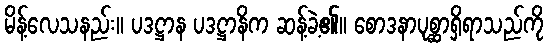
မိန့်လေသနည်း။ ပဒဋ္ဌာန ပဒဋ္ဌာနိက ဆန့်ခဲ့၏။ စောဒနာပုစ္ဆာရှိရာသည်ကို